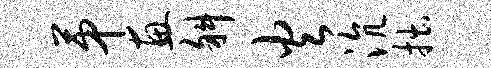
第惠斜火沆拙